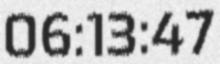
06:13:47